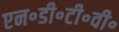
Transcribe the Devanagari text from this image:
एन॰डी॰टी॰वी॰